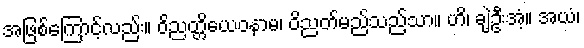
အဖြစ်ကြောင့်လည်း။ ဝိညတ္တိယေဝနာမ၊ ဝိညတ်မည်သည်သာ။ ဟိ၊ ချဲ့ဦးအံ့။ အယံ၊